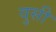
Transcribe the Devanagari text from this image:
वुसी